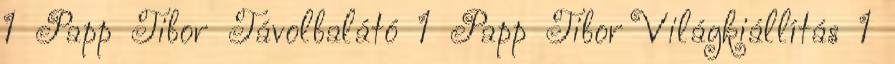
1 Papp Tibor Távolbalátó 1 Papp Tibor Világkiállítás 1